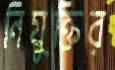
নিযুক্তির